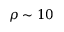
\rho \sim 1 0